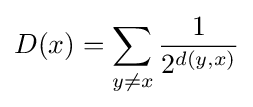
D(x)=\sum _{y\neq x}{\frac {1}{2^{d(y,x)}}}